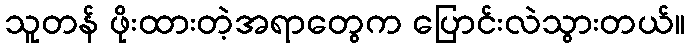
သူတန် ဖိုးထားတဲ့အရာတွေက ပြောင်းလဲသွားတယ်။